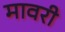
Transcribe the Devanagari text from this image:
मावरी